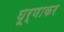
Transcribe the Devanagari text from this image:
घूर्णाकर